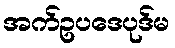
အက်ဥပဒေပုဒ်မ